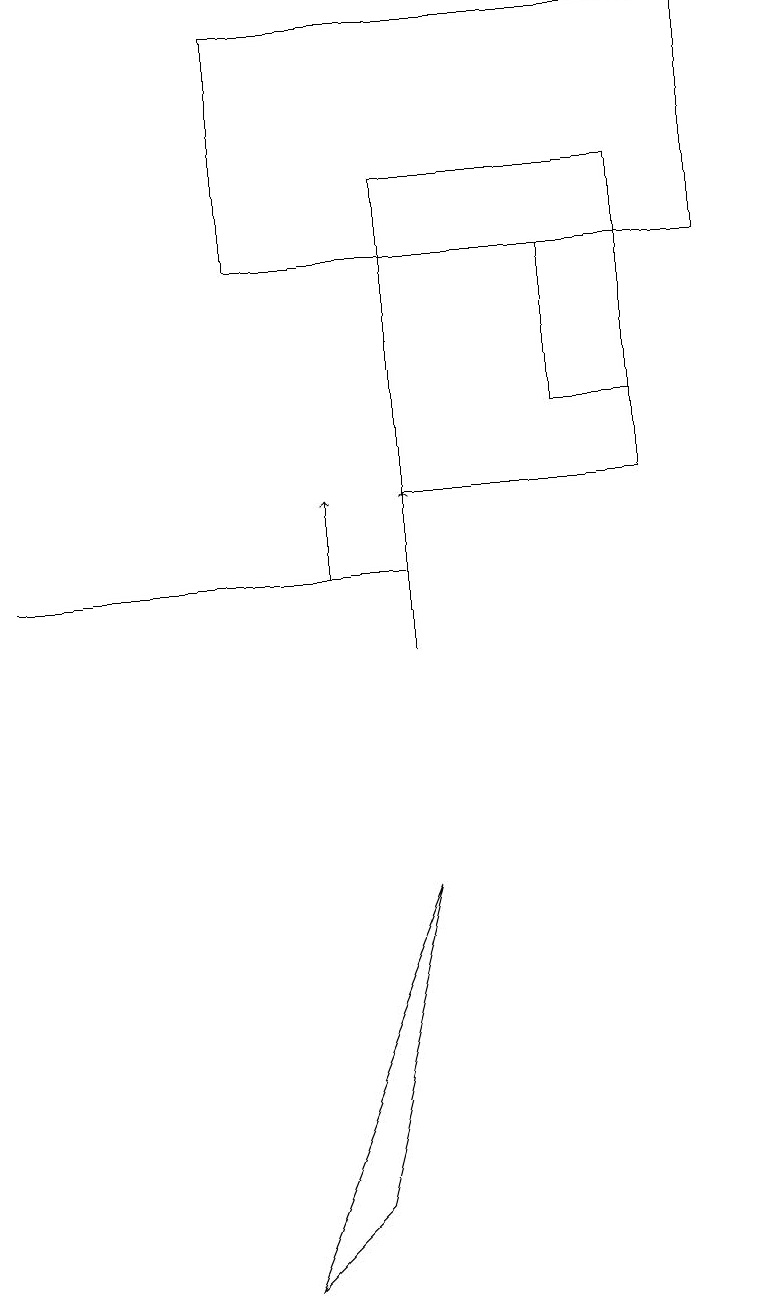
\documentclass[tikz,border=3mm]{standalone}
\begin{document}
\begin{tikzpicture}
\draw[->] (4,11) -- (4,12);
\draw (0,11) rectangle (5,11);
\draw (8,16) rectangle (5,12);
\draw (7,15) rectangle (8,13);
\draw (3,18) rectangle (9,15);
\draw[->] (5,10) -- (5,12);
\draw (5,7) -- (4,3) -- (3,2) -- cycle;
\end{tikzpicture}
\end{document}